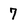
Character: 7